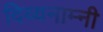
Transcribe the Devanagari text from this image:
दिव्यनाम्नी